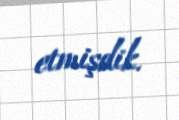
etmişdik.